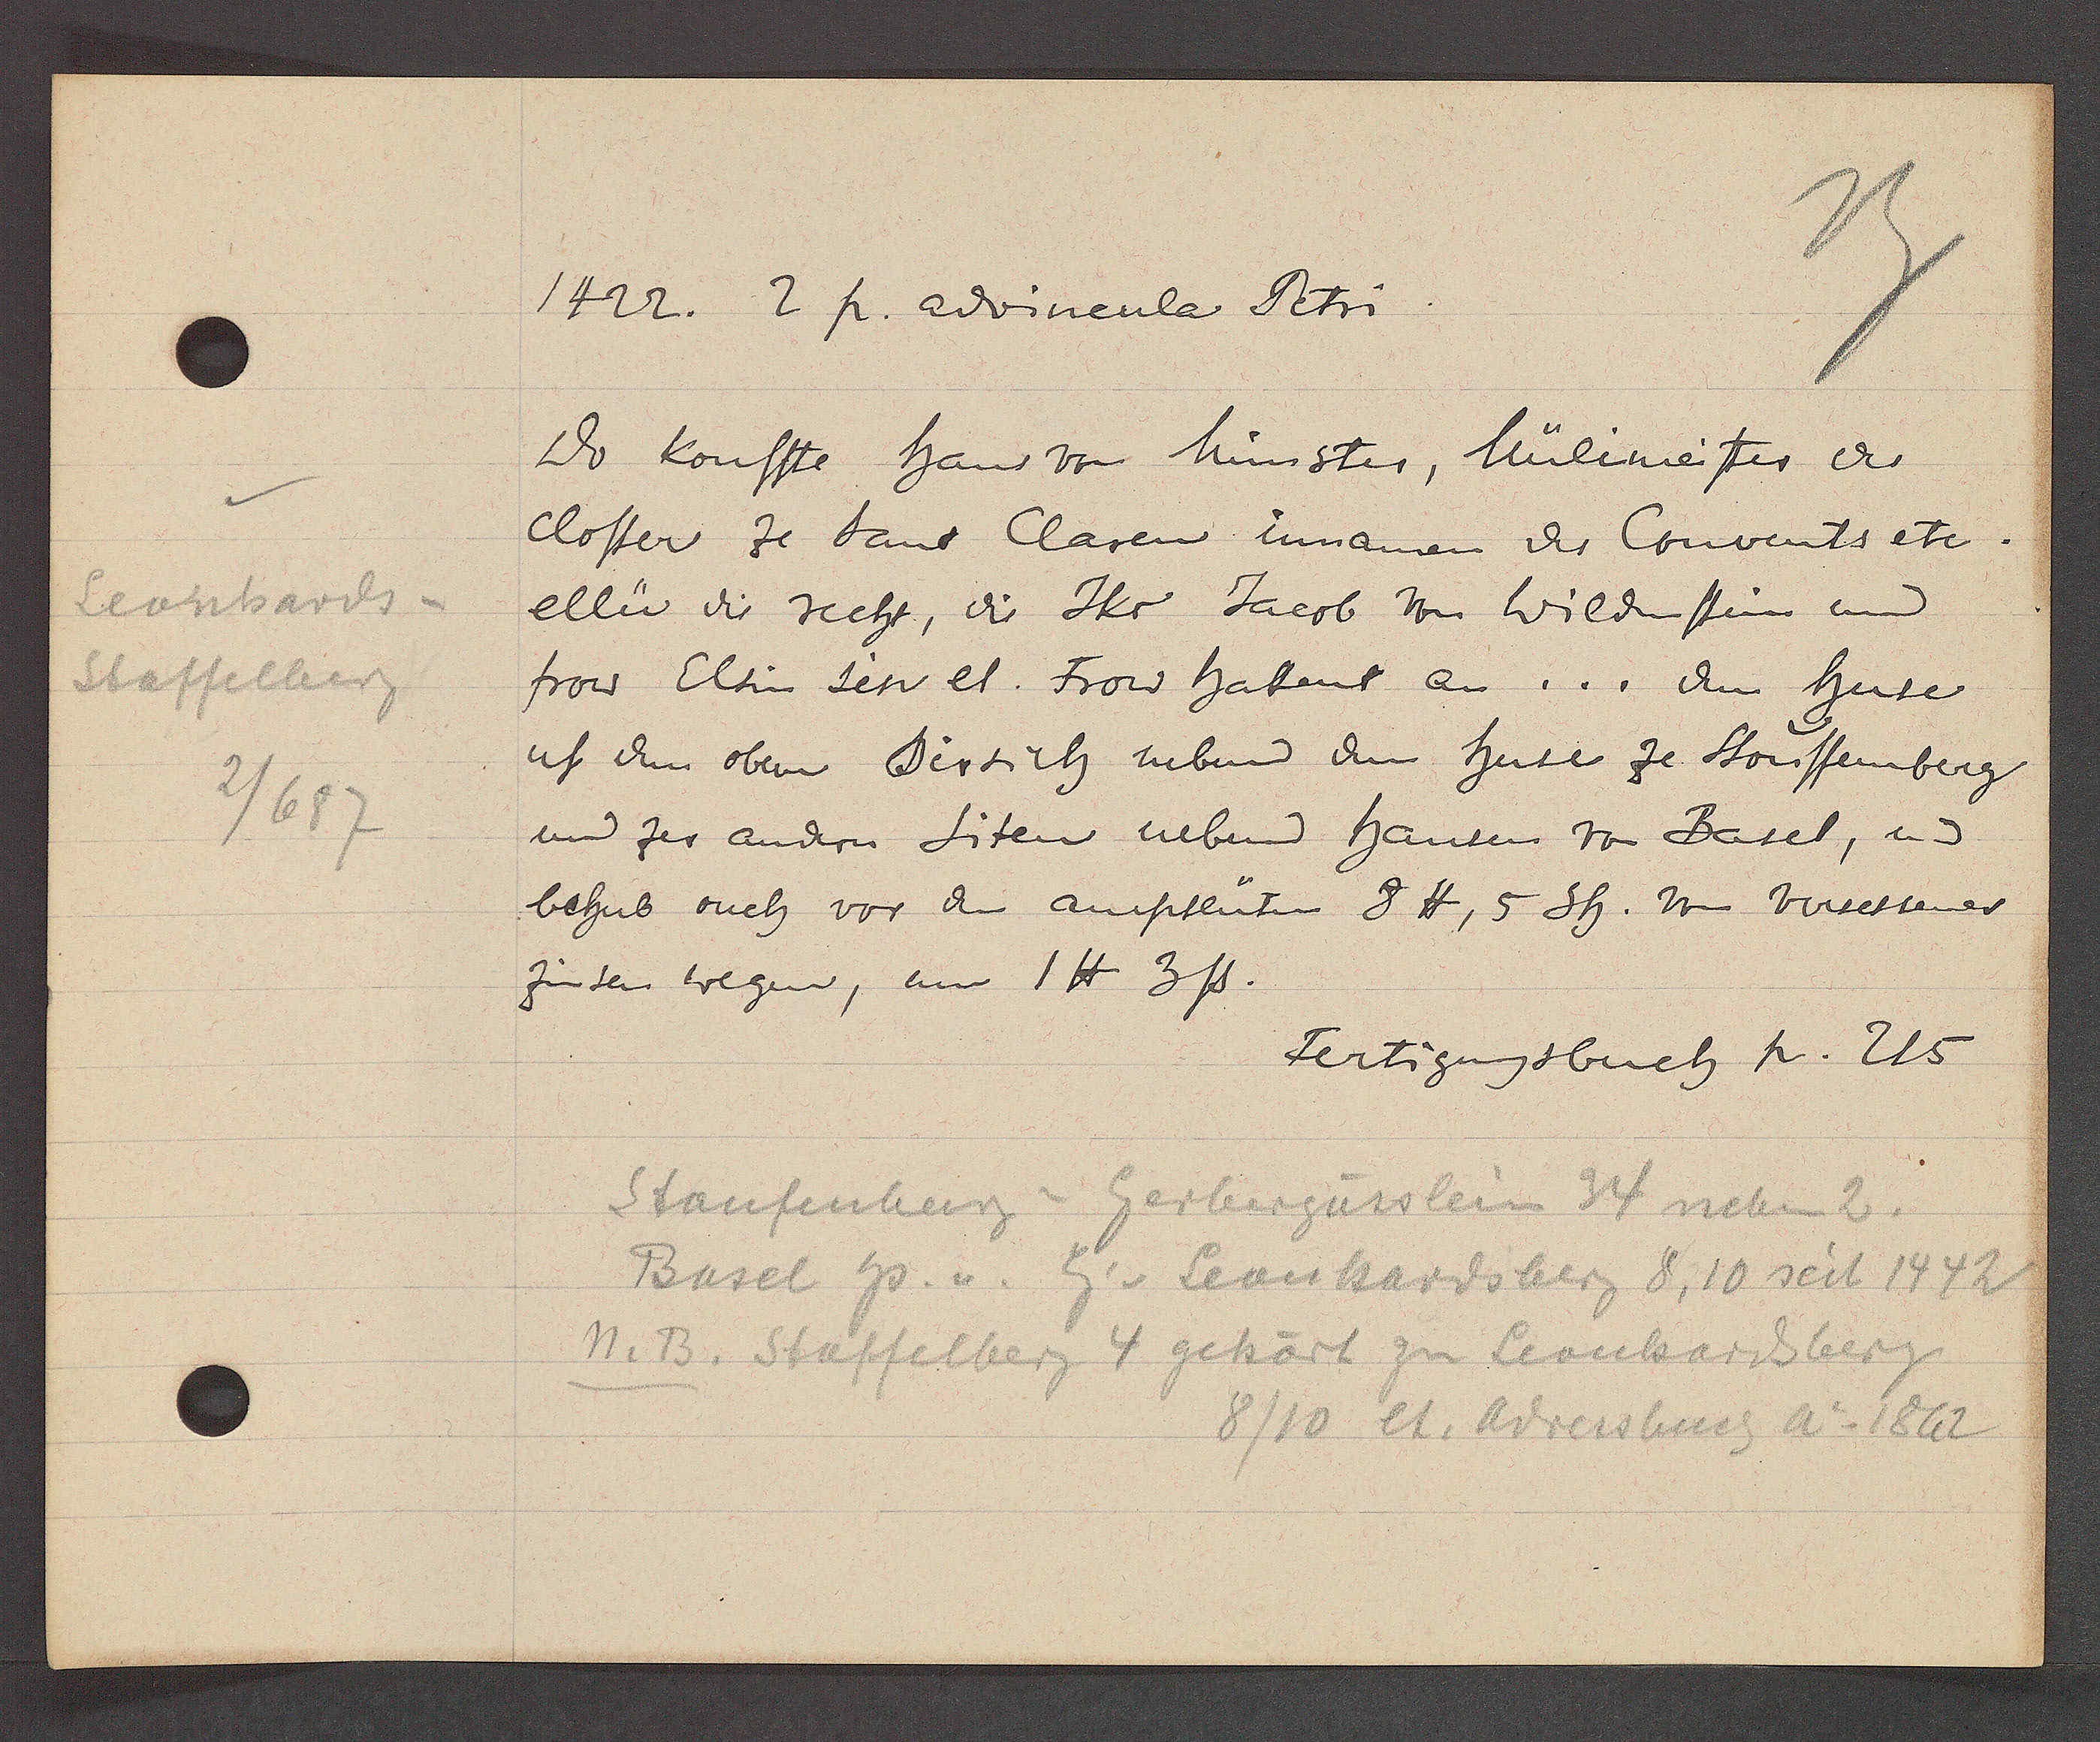
Transcript:
Leonhards¬
Staffelberg
2/687

1422. 2 p. adrineula Petri

Do kouffte Haus von Münster, Mülimeister des
Closter ze Sans Clasen innamen des Convents etc.
ellü die recht, die Jkr Jacob von Wildenstein und
frow Elsin sein el. Frow hattent an ... dem huse
uf den obern Birsich neben dem huse ze Stouffemberg
und zer andern Siten neben hausen vo Basel, und
behub ouch vor den ampfleüten 8 ℔, 5 Sh. von versessener
zinsen wegen, um 1 ℔ 3ß.

Fertigungsbuch p. 215

Staufenberg = Gerbergässlein 34 neben 2.
Basel hs. v. E. v Leonhardsberg 8, 10 seit 1442
M. B. Staffelberg 4 gehört zu Leonhardberg
8/10 et. Adressbuch Ao 1862